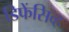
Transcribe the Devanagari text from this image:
डिफेंसिव्ह